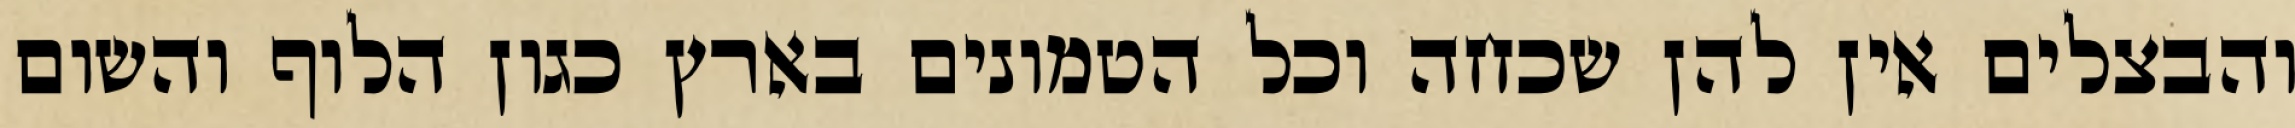
והבצלים אין להן שכחה וכל הטמונים בארץ כגון הלוף והשום